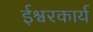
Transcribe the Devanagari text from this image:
ईश्वरकार्य